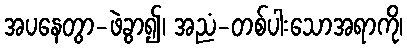
အပနေတွာ-ဖဲခွာ၍၊ အညံ-တစ်ပါးသောအရာကို၊